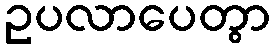
ဥပလာပေတွာ